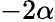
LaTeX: -2\alpha